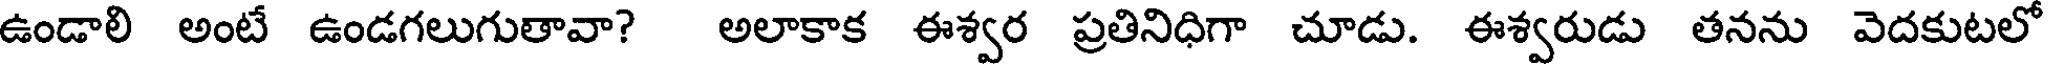
ఉండాలి అంటే ఉండగలుగుతావా? అలాకాక ఈశ్వర ప్రతినిధిగా చూడు. ఈశ్వరుడు తనను వెదకుటలో